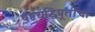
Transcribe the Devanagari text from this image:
षष्ठयद्धिपूर्तीचा